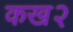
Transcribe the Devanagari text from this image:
कख२